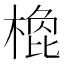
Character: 𣗽